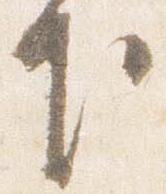
下